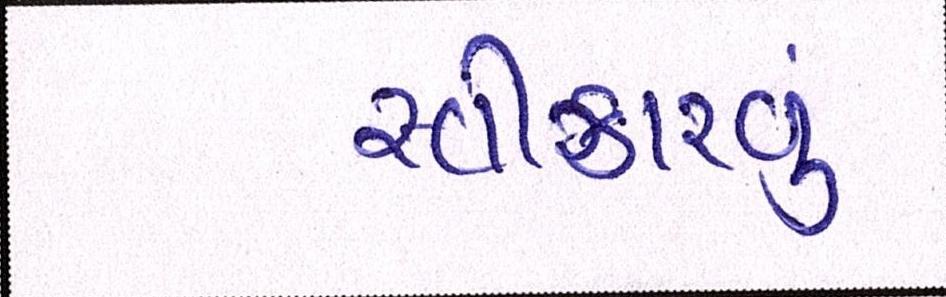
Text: સ્વીકારવું